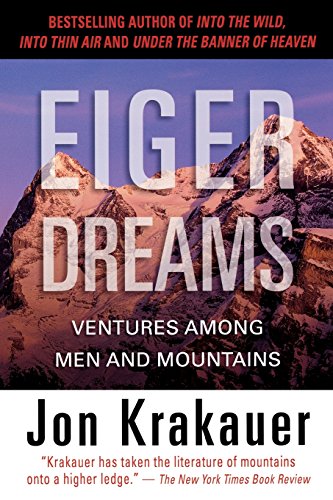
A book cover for Eiger Dreams: Ventures Among Men And Mountains; Jon Krakauer; Sports & Outdoors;